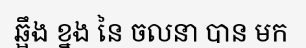
ឆ្អឹង ខ្នង នៃ ចលនា បាន មក